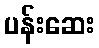
ပန်းဆေး